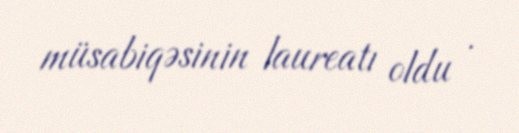
müsabiqəsinin laureatı oldu .